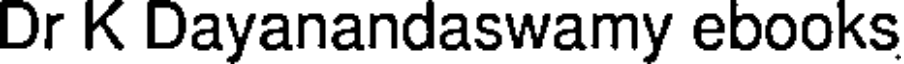
Dr K Dayanandaswamy ebooks